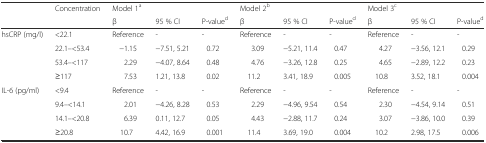
| <ROWSPAN=2>  | <ROWSPAN=2> Concentration | <COLSPAN=3> Model 1a | <COLSPAN=3> Model 2b | <COLSPAN=3> Model 3c |
 | β | 95 % CI | P-valued | β | 95 % CI | P-valued | β | 95 % CI | P-valued |
 | --- | --- | --- | --- | --- | --- | --- | --- | --- | --- | --- |
 | <ROWSPAN=4> hsCRP (mg/l) | <22.1 | Reference | - | - | Reference | - | - | Reference | - | - |
 | 22.1–<53.4 | −1.15 | −7.51, 5.21 | 0.72 | 3.09 | −5.21, 11.4 | 0.47 | 4.27 | −3.56, 12.1 | 0.29 |
 | 53.4–<117 | 2.29 | −4.07, 8.64 | 0.48 | 4.76 | −3.26, 12.8 | 0.25 | 4.65 | −2.89, 12.2 | 0.23 |
 | ≥117 | 7.53 | 1.21, 13.8 | 0.02 | 11.2 | 3.41, 18.9 | 0.005 | 10.8 | 3.52, 18.1 | 0.004 |
 | <ROWSPAN=4> IL-6 (pg/ml) | <9.4 | Reference | - | - | Reference | - | - | Reference | - | - |
 | 9.4–<14.1 | 2.01 | −4.26, 8.28 | 0.53 | 2.29 | −4.96, 9.54 | 0.54 | 2.30 | −4.54, 9.14 | 0.51 |
 | 14.1–<20.8 | 6.39 | 0.11, 12.7 | 0.05 | 4.43 | −2.88, 11.7 | 0.24 | 3.07 | −3.86, 10.0 | 0.39 |
 | ≥20.8 | 10.7 | 4.42, 16.9 | 0.001 | 11.4 | 3.69, 19.0 | 0.004 | 10.2 | 2.98, 17.5 | 0.006 |